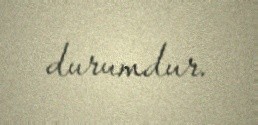
durumdur.